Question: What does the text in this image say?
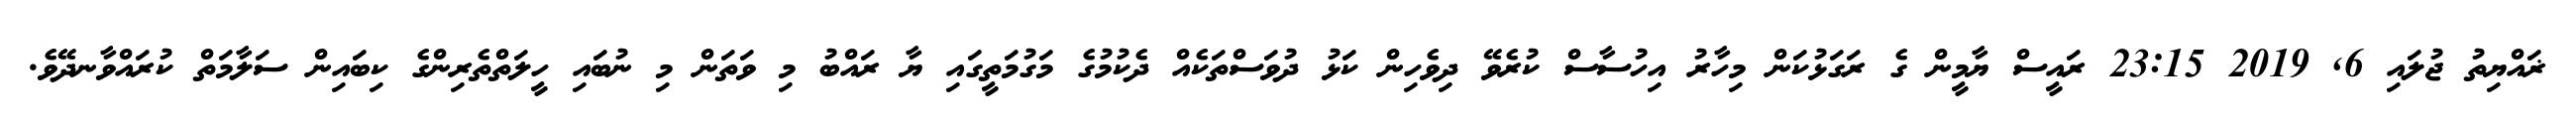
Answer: ޜައްޔިތު ޖުލައި 6, 2019 23:15 ރައީސް ޔާމީން ގެ ރަގަޅުކަން މިހާރު އިހުސާސް ކުރެވޭ ދިވެހިން ކަޅު ދުވަސްތަކެއް ދެކުމުގެ މަގުމަތީގައި ޔާ ރައްބު މި ވަތަން މި ނުބައި ހީލަތްތެރިންގެ ކިބައިން ސަލާމަތް ކުރައްވާނދޭވެ.